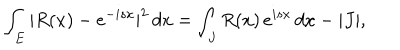
\int _ { E } | R ( x ) - e ^ { - i s x } | ^ { 2 } \, d x = \int _ { J } R ( x ) \, e ^ { i s x } \, d x - | J | ,